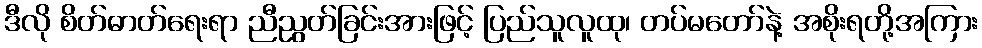
ဒီလို စိတ်ဓာတ်ရေးရာ ညီညွတ်ခြင်းအားဖြင့် ပြည်သူလူထု၊ တပ်မတော်နဲ့ အစိုးရတို့အကြား